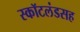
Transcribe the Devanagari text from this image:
स्कॉटलंडसह